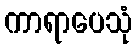
ကာရာပေသုံ